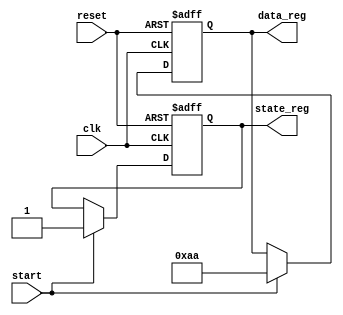
module initialization_example (
    input wire clk,              // Clock input
    input wire reset,            // Reset signal
    input wire start,            // Control signal to start operation
    output reg [7:0] data_reg,   // Example register
    output reg state_reg         // Example state register
);

// Initialization Block
always @(posedge clk or posedge reset) begin
    if (reset) begin
        // Reset all registers to known values
        data_reg <= 8'b00000000;  // Set data register to zero
        state_reg <= 1'b0;         // Set state register to initial state (0)
    end else if (start) begin
        // Conditional initialization based on the start signal
        data_reg <= 8'b10101010;   // Example initialization if start is high
        state_reg <= 1'b1;          // Change state upon start
    end
end

// Rest of the design logic can be added here.

endmodule